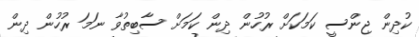
ކުދިން ޖިންސީ ކަމަކަށް ރުހުން ދިން ކަމަށް ސާބިތުވާ ނަމަ ރުހުން ދިން